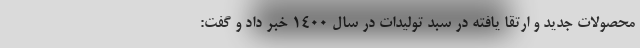
محصولات جدید و ارتقا یافته در سبد تولیدات در سال ۱۴۰۰ خبر داد و گفت: